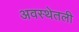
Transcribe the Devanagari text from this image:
अवस्थेतली